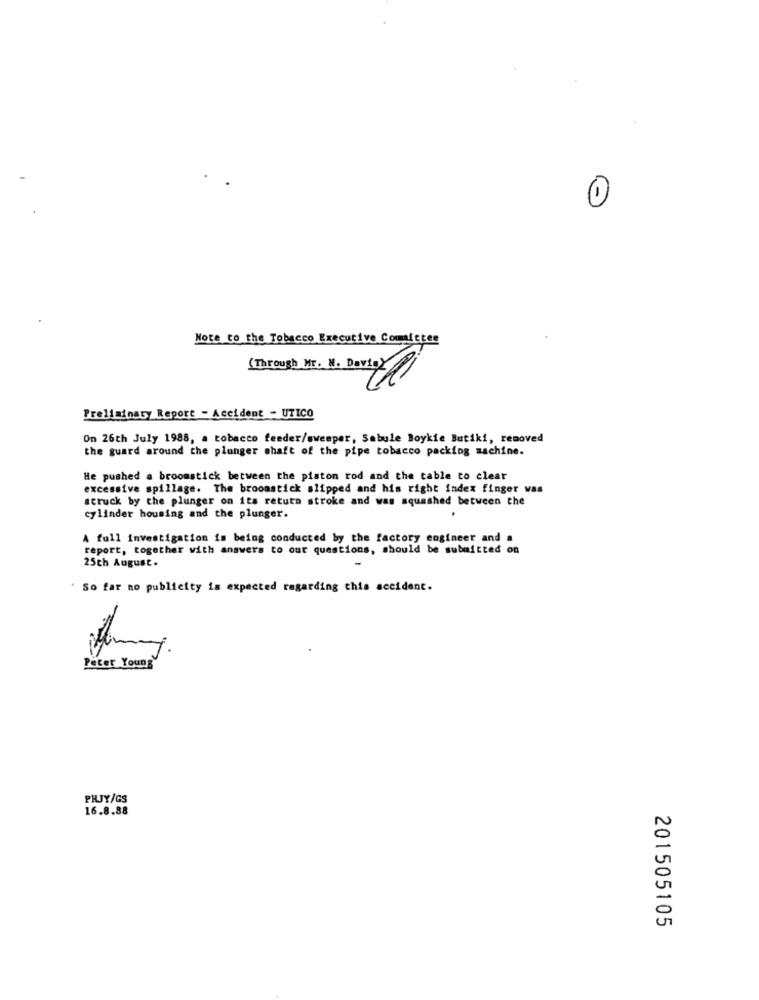
Note to the Tobacco Executive Committee
(Through Mr. W. DavisY
Preliminary Report - Accident - UTICO
On 26th July 1988, a tobacco feeder/sweeper, Sabule Boykie Butiki, removed
the guard around the plonger shaft of the pipe tobacco packing machine.
He pushed a broomstick between the piston rod and the table to clear
excessive spillage. The broomstick slipped and his right index finger was
struck by the plunger on its return stroke and was squashed between the
cylinder housing and the plunger.
A full Investigation is being conducted by the factory engineer and a
report, together with answers to our questions, should be submitted on
25ch August.
So far no publicity is expected regarding this accident.
Peter Young
PHJY/GS
16.8.88
201505105